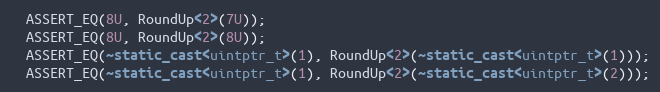
Language: C++
  ASSERT_EQ(8U, RoundUp<2>(7U));
  ASSERT_EQ(8U, RoundUp<2>(8U));
  ASSERT_EQ(~static_cast<uintptr_t>(1), RoundUp<2>(~static_cast<uintptr_t>(1)));
  ASSERT_EQ(~static_cast<uintptr_t>(1), RoundUp<2>(~static_cast<uintptr_t>(2)));